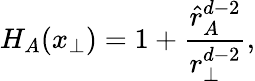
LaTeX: H_{A}(x_{\perp})=1+{\frac{\hat{r}_{A}^{d-2}}{r_{\perp}^{d-2}}},